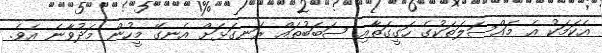
އެކަމަކު އެ މައްސަލަތަކުގެ ހަގީގަތާއި ސަބަބުތައް ރަނގަޅަށް އެނގޭ މީހުން މަދުވާނެ އެވެ.